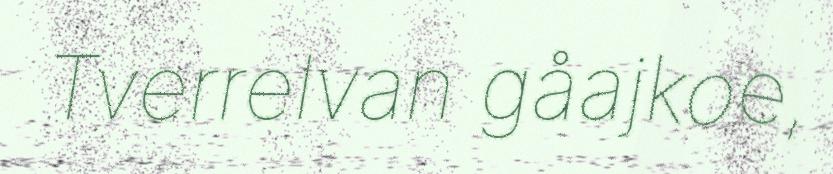
Tverrelvan gåajkoe,